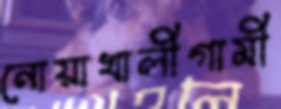
নোয়াখালীগামী